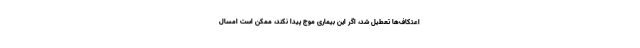
اعتکاف‌ها تعطیل شد، اگر این بیماری موج پیدا نکند، ممکن است امسال